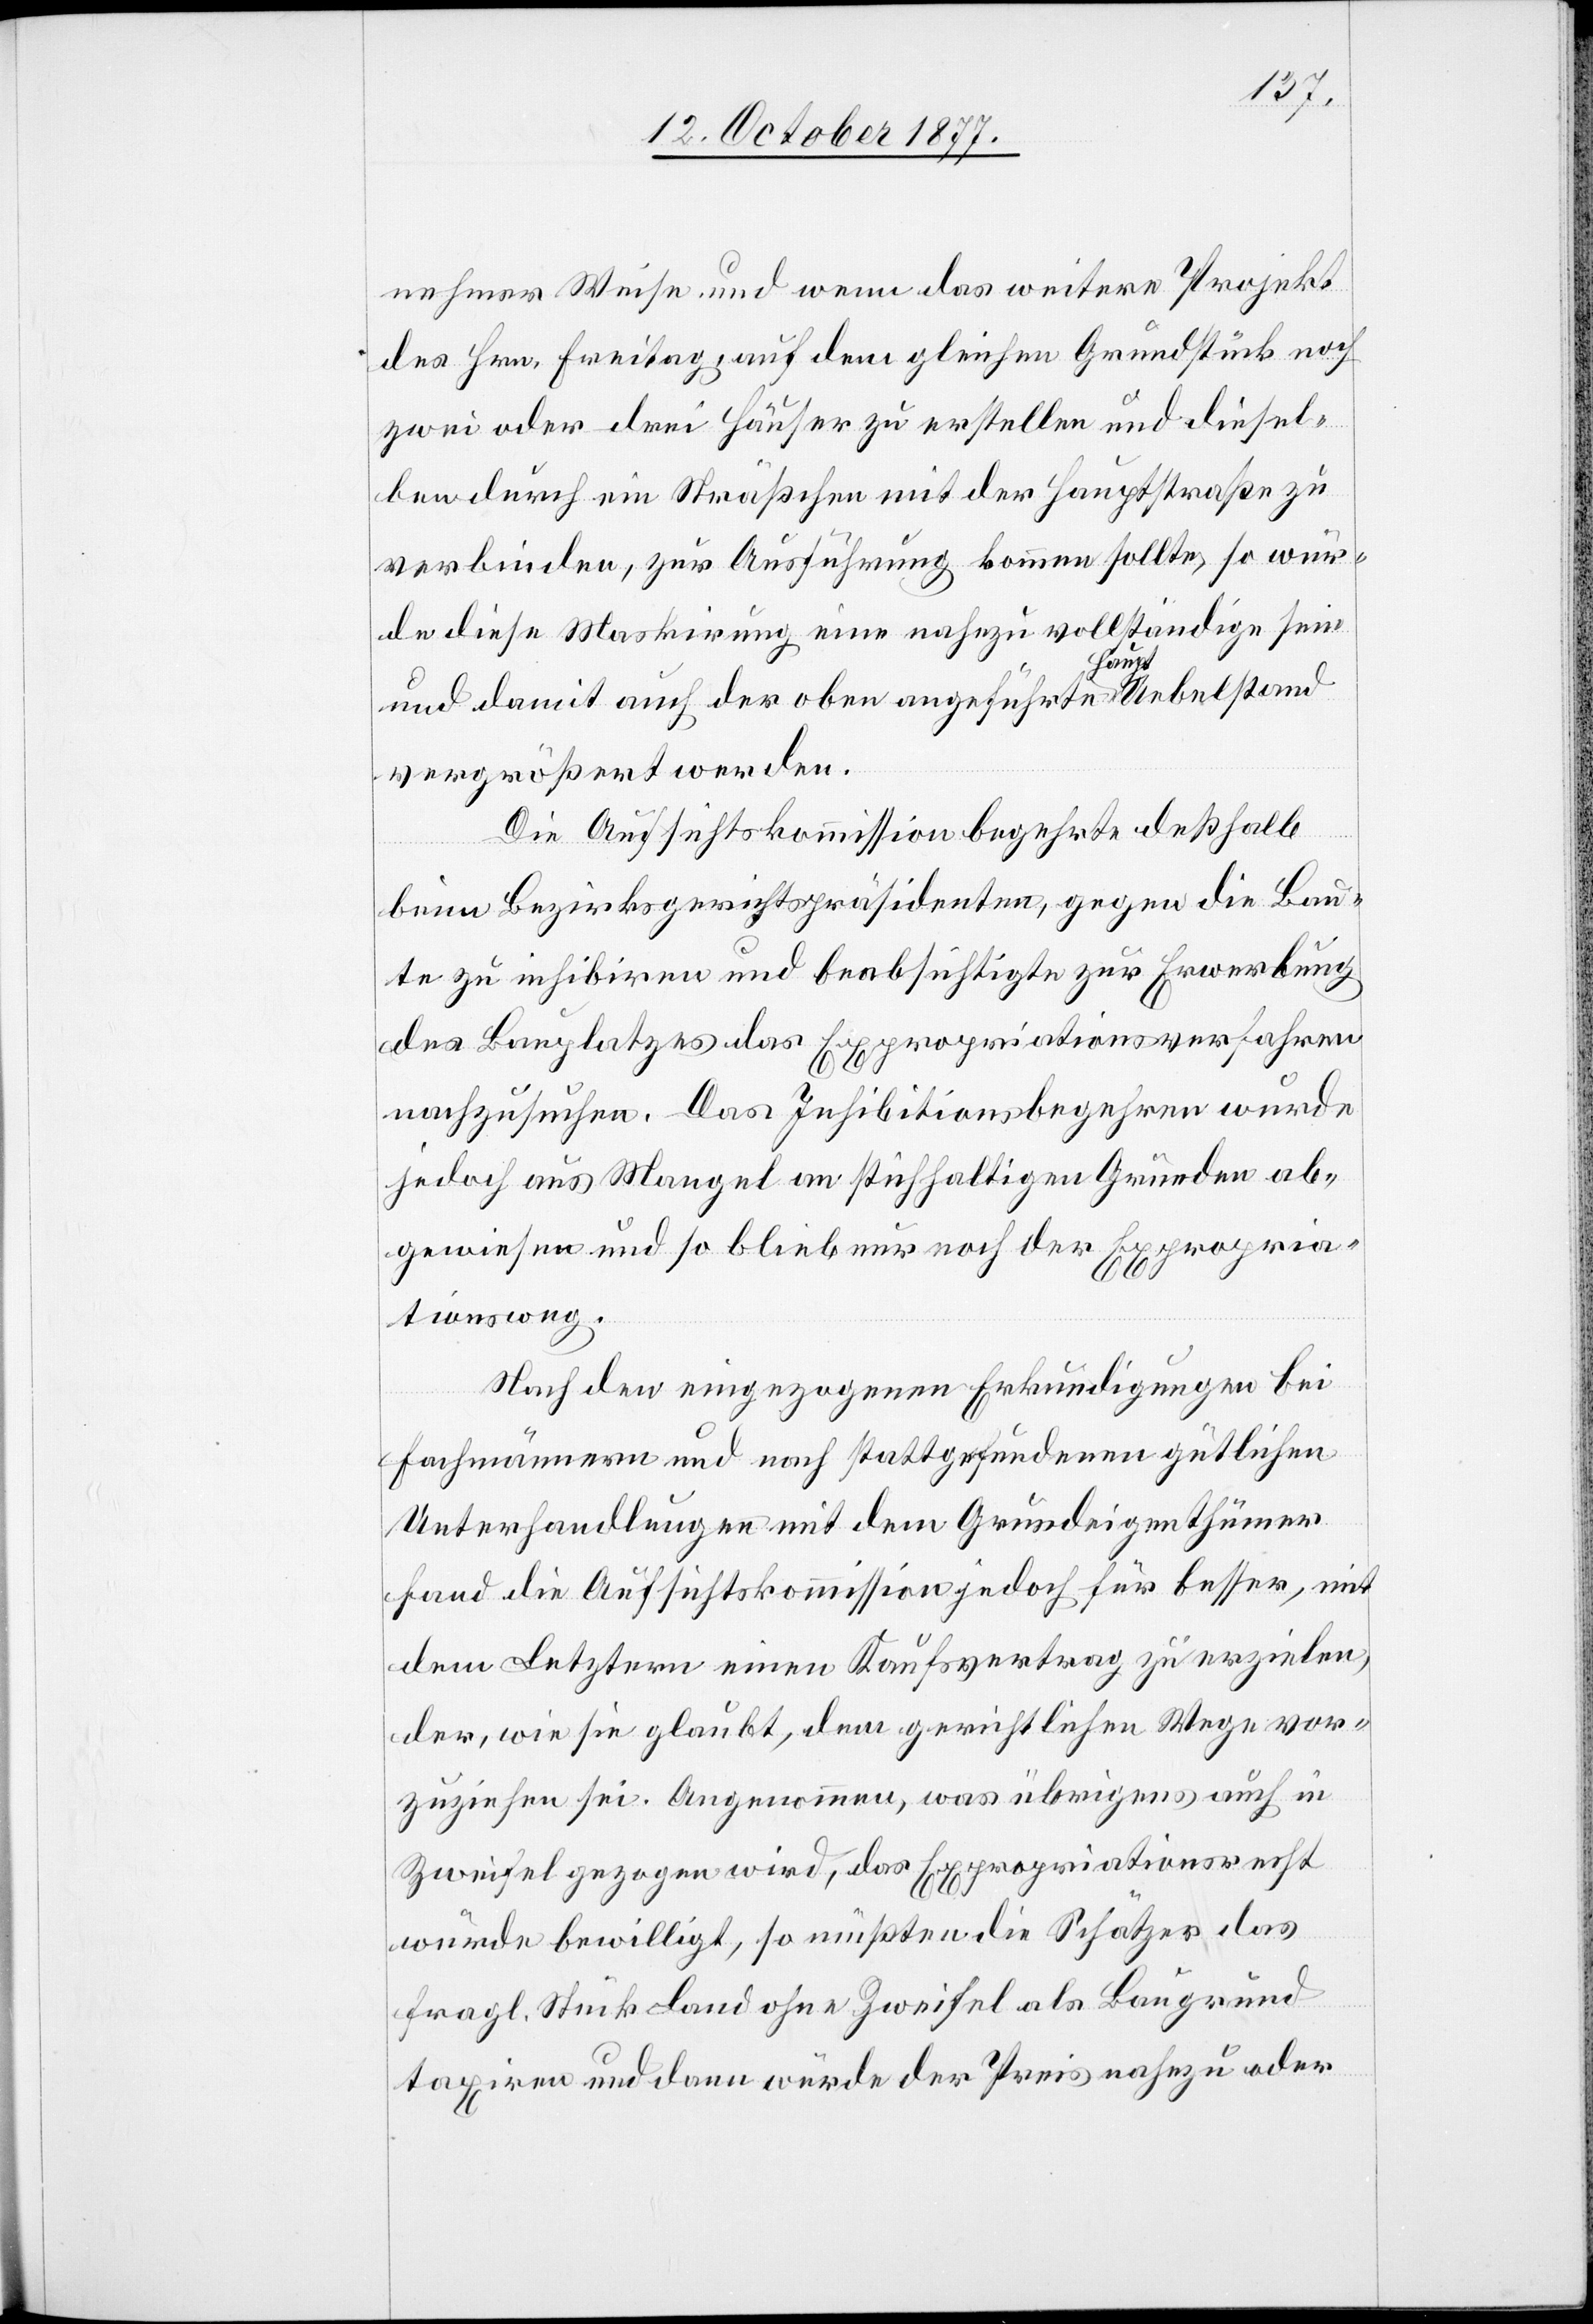
nehmer Weise und wenn das weiter Projekt
des Hrn. Freitag, auf dem gleichen Grundstück noch
zwei oder drei Häuser zu erstellen und diesel¬
ben durch ein Sträßchen mit der Hauptstraße zu
verbinden, zur Ausführung kommen sollte, so wür¬
de diese Maskirung eine nahezu vollständige sein
und damit auch der oben angeführte Haupt Uebelstand
vergrößert werden.
Die Aufsichtskommission begehrte deßhalb
beim Bezirksgerichtspräsidenten, gegen die Bau¬
te zu inhibiren und beabsichtigte zur Erwerbung
des Bauplatzes das Expropriationsverfahren
nachzusuchen. Das Inhibitionsbegehren wurde
jedoch aus Mangel an stichhaltigen Gründen ab¬
gewiesen und so blieb nur noch der Expropria¬
tionsweg.
Nach den eingezogenen Erkundigungen bei
Fachmännern und nach stattgefundenen gütlichen
Unterhandlungen mit dem Grundeigenthümer
fand die Aufsichtskommission jedoch für besser, mit
dem Letztern einen Kaufsvertrag zu erzielen,
der, wie sie glaubt, dem gerichtlichen Wege vor¬
zuziehen sei. Angenommen, was übrigens auch in
Zweifel gezogen wird, das Expropriationsrecht
würde bewilligt, so müßten die Schätzer das
fragl. Stück Land ohne Zweifel als Baugrund
taxiren und dann würde der Preis nahezu oder